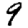
Digit: 9